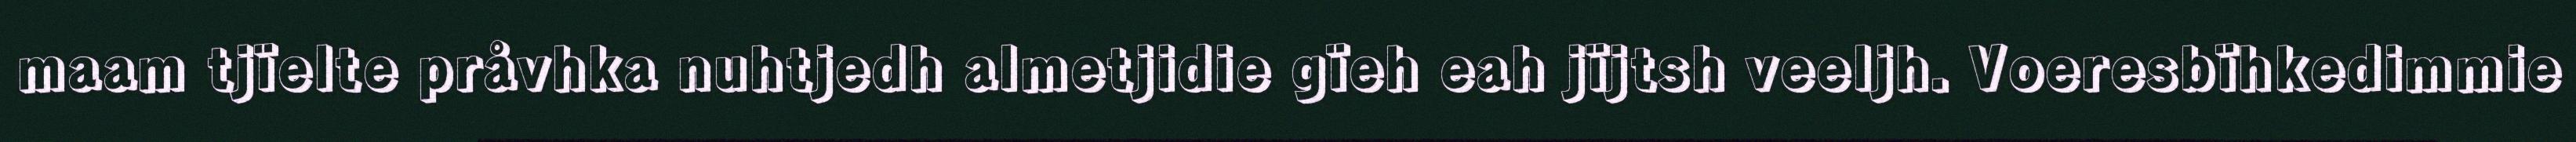
maam tjïelte pråvhka nuhtjedh almetjidie gïeh eah jïjtsh veeljh. Voeresbïhkedimmie